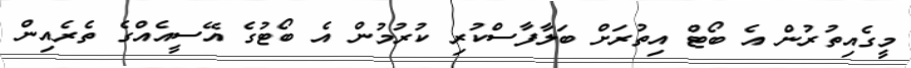
މީގެއިތުރުން އެ ބޯޓް އިތުރަށް ބަލާފާސްކުރި ކުރުމުން އެ ބޯޓުގެ އޭސީއެއްގެ ތެރެއިން